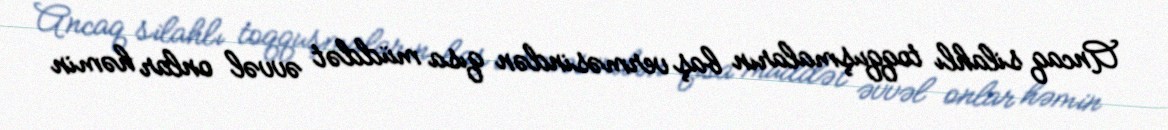
Ancaq silahlı toqquşmaların baş verməsindən qısa müddət əvvəl onlar həmin